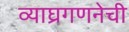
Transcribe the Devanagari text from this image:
व्याघ्रगणनेची